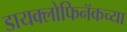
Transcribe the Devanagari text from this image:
डायक्लोफिनॅकच्या